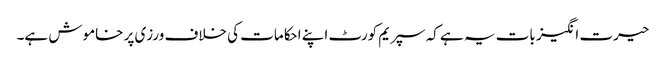
حیرت انگیز بات یہ ہے کہ سپریم کورٹ اپنے احکامات کی خلاف ورزی پر خاموش ہے۔